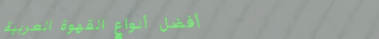
أفضل أنواع القهوة العربية